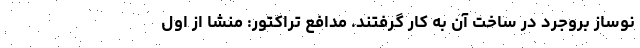
نوساز بروجرد در ساخت آن به کار گرفتند. مدافع تراکتور: منشا از اول